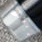
عرفتك